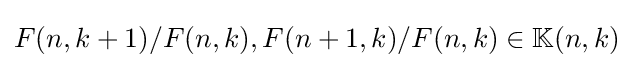
{\textstyle F(n,k+1)/F(n,k),F(n+1,k)/F(n,k)\in \mathbb {K} (n,k)}